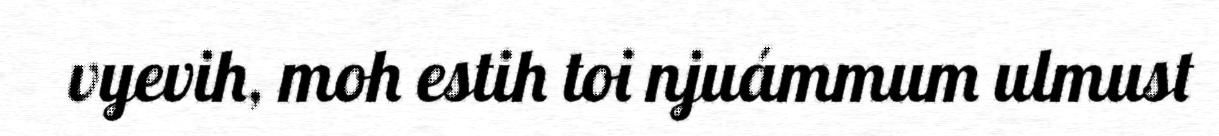
vyevih, moh estih toi njuámmum ulmust